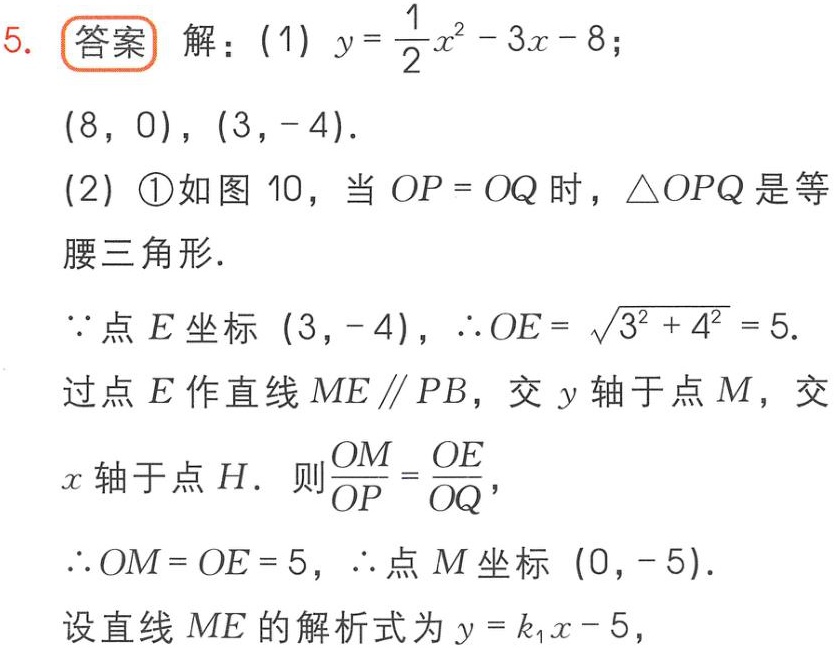
5. 答案 解：(1) \(y = \frac{1}{2}x^{2}-3x - 8\)；

\((8,0),(3,-4)\).

(2) \textcircled{1}如图10，当 \(OP = OQ\) 时，\(\triangle OPQ\) 是等腰三角形.

\(\because\) 点 \(E\) 坐标 \((3,-4)\)，\(\therefore OE=\sqrt{3^{2}+4^{2}} = 5\).

过点 \(E\) 作直线 \(ME\parallel PB\)，交 \(y\) 轴于点 \(M\)，交 \(x\) 轴于点 \(H\). 则 \(\frac{OM}{OP}=\frac{OE}{OQ}\)，

\(\therefore OM = OE = 5\)，\(\therefore\) 点 \(M\) 坐标 \((0,-5)\).

设直线 \(ME\) 的解析式为 \(y = k_{1}x - 5\)，